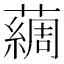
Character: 𫊃